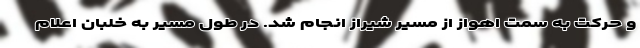
و حرکت به سمت اهواز از مسیر شیراز انجام شد. در طول مسیر به خلبان اعلام